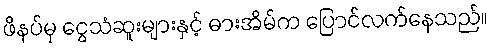
ဖိနပ်မှ ငွေသံဆူးများနှင့် ဓားအိမ်က ပြောင်လက်နေသည်။